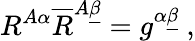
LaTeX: R^{A\alpha}\overline{{R}}^{A\underline{{\beta}}}=g^{\alpha\underline{{\beta}}}\ ,